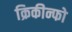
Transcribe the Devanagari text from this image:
क्रिकीन्फो